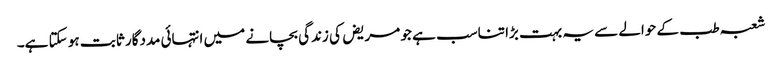
شعبہ طب کے حوالے سے یہ بہت بڑا تناسب ہے جو مریض کی زندگی بچانے میں انتہائی مددگار ثابت ہو سکتا ہے۔